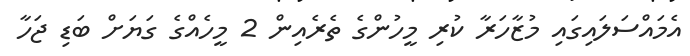
އެމައްސަލައިގައި މުޒާހަރާ ކުރި މީހުންގެ ތެރެއިން 2 މީހެއްގެ ގަޔަށް ބަޑި ޖަހާ